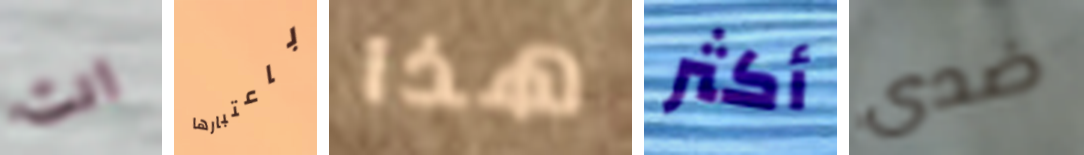
انت باعتبارها هذا أكثر ضدى